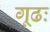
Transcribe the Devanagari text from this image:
गूढः